Annual statistical returns and brief notes on vaccination in Bengal - 1896-1909
Year: 1896
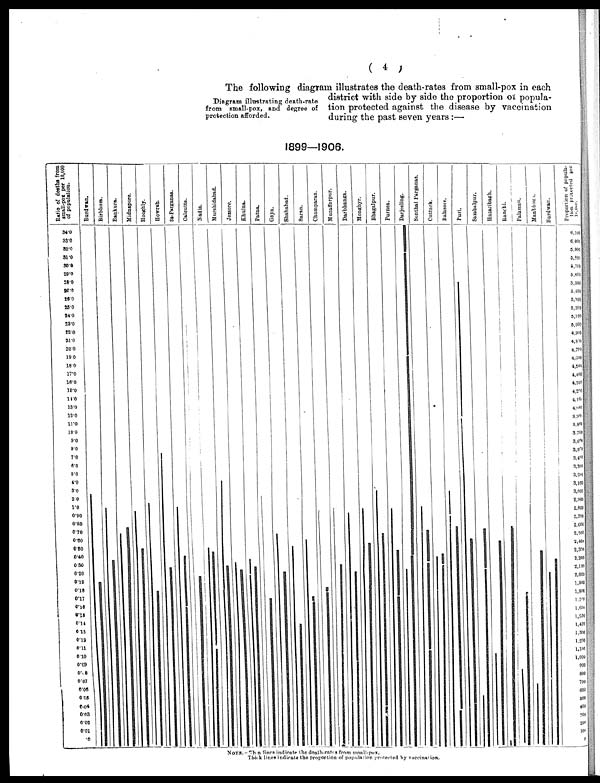
( 4 )
Diagram illustrating death-rate
from small-pox, and degree of
protection afforded.
The following diagram illustrates the death-rates from small-pox in each
district with side by side the proportion of popula-
tion protected against the disease by vaccination
during the past seven years :—
1899—1906.
NOTE.—Thin lines indicate the death-rates from small-pox.
Thick lines indicate the proportion of population protected by vaccination.